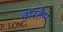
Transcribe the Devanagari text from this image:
वॉरहैम